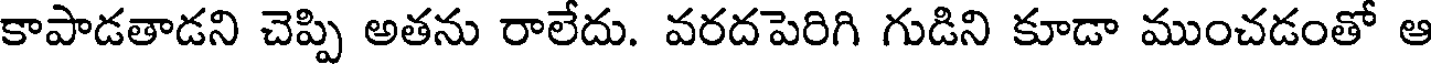
కాపాడతాడని చెప్పి అతను రాలేదు. వరదపెరిగి గుడిని కూడా ముంచడంతో ఆ